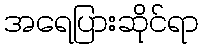
အရေပြားဆိုင်ရာ